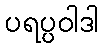
ပရပ္ပဝါဒါ